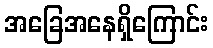
အခြေအနေရှိကြောင်း